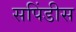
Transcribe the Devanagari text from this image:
सपिंडीस